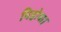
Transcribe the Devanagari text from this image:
पिहोवा।